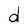
Character: d